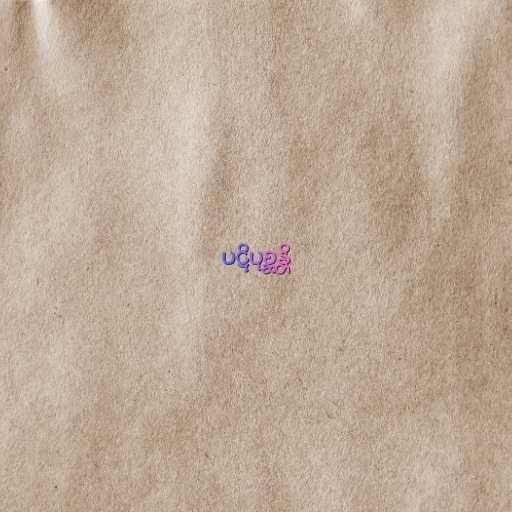
ပဋိပုစ္ဆန္တိ